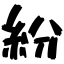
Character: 紛